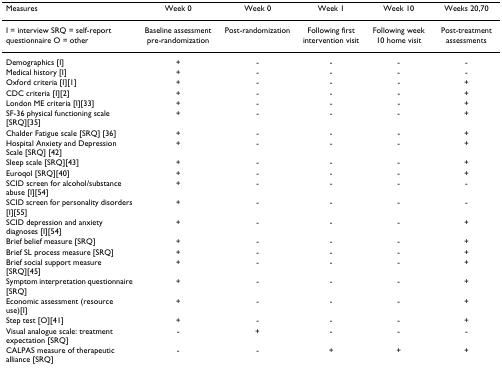
<table><thead><tr><td><b>Measures</b></td><td><b>Week 0</b></td><td><b>Week 0</b></td><td><b>Week 1</b></td><td><b>Week 10</b></td><td><b>Weeks 20,70</b></td></tr></thead><tbody><tr><td>I = interview SRQ = self-report questionnaire O = other</td><td>Baseline assessment pre-randomization</td><td>Post-randomization</td><td>Following first intervention visit</td><td>Following week 10 home visit</td><td>Post-treatment assessments</td></tr><tr><td>Demographics [I]</td><td>+</td><td>-</td><td>-</td><td>-</td><td>-</td></tr><tr><td>Medical history [I]</td><td>+</td><td>-</td><td>-</td><td>-</td><td>-</td></tr><tr><td>Oxford criteria [I][1]</td><td>+</td><td>-</td><td>-</td><td>-</td><td>+</td></tr><tr><td>CDC criteria [I][2]</td><td>+</td><td>-</td><td>-</td><td>-</td><td>+</td></tr><tr><td>London ME criteria [I][33]</td><td>+</td><td>-</td><td>-</td><td>-</td><td>+</td></tr><tr><td>SF-36 physical functioning scale [SRQ][35]</td><td>+</td><td>-</td><td>-</td><td>-</td><td>+</td></tr><tr><td>Chalder Fatigue scale [SRQ] [36]</td><td>+</td><td>-</td><td>-</td><td>-</td><td>+</td></tr><tr><td>Hospital Anxiety and Depression Scale [SRQ] [42]</td><td>+</td><td>-</td><td>-</td><td>-</td><td>+</td></tr><tr><td>Sleep scale [SRQ][43]</td><td>+</td><td>-</td><td>-</td><td>-</td><td>+</td></tr><tr><td>Euroqol [SRQ][40]</td><td>+</td><td>-</td><td>-</td><td>-</td><td>+</td></tr><tr><td>SCID screen for alcohol/substance abuse [I][54]</td><td>+</td><td>-</td><td>-</td><td>-</td><td>-</td></tr><tr><td>SCID screen for personality disorders [I][55]</td><td>+</td><td>-</td><td>-</td><td>-</td><td>-</td></tr><tr><td>SCID depression and anxiety diagnoses [I][54]</td><td>+</td><td>-</td><td>-</td><td>-</td><td>+</td></tr><tr><td>Brief belief measure [SRQ]</td><td>+</td><td>-</td><td>-</td><td>-</td><td>+</td></tr><tr><td>Brief SL process measure [SRQ]</td><td>+</td><td>-</td><td>-</td><td>-</td><td>+</td></tr><tr><td>Brief social support measure [SRQ][45]</td><td>+</td><td>-</td><td>-</td><td>-</td><td>+</td></tr><tr><td>Symptom interpretation questionnaire [SRQ]</td><td>+</td><td>-</td><td>-</td><td>-</td><td>+</td></tr><tr><td>Economic assessment (resource use)[I]</td><td>+</td><td>-</td><td>-</td><td>-</td><td>+</td></tr><tr><td>Step test [O][41]</td><td>+</td><td>-</td><td>-</td><td>-</td><td>+</td></tr><tr><td>Visual analogue scale: treatment expectation [SRQ]</td><td>-</td><td>+</td><td>-</td><td>-</td><td>-</td></tr><tr><td>CALPAS measure of therapeutic alliance [SRQ]</td><td>-</td><td>-</td><td>+</td><td>+</td><td>+</td></tr></tbody></table>